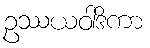
ဥဿယဝါဒိကာ